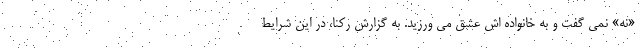
«نه» نمی گفت و به خانواده اش عشق می ورزید. به گزارش رکنا، در این شرایط